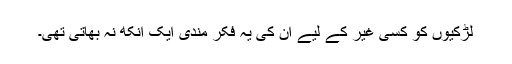
لڑکیوں کو کسی غیر کے لیے ان کی یہ فکر مندی ایک آنکھ نہ بھاتی تھی۔